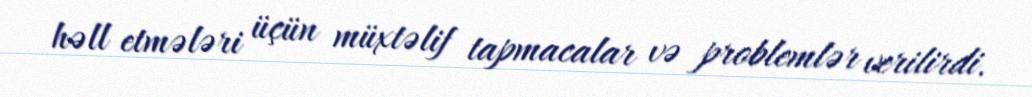
həll etmələri üçün müxtəlif tapmacalar və problemlər verilirdi.